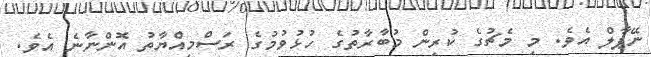
ނޭޕާލް އެވެ. މި މެޗުގެ ކުރިން މުބާރާތުގެ ހުޅުވުމުގެ ރަސްމިއްޔާތު އޮންނާނެ އެވެ.